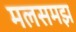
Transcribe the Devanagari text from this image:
मलसमझ